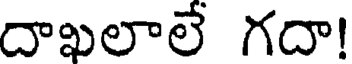
దాఖలాలే గదా!